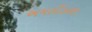
અમલીકરણ